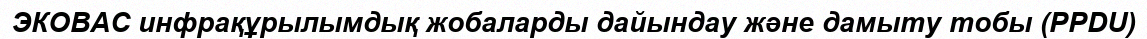
ЭКОВАС инфрақұрылымдық жобаларды дайындау және дамыту тобы (PPDU)